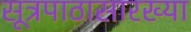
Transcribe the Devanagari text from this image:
सूत्रपाठासारख्या